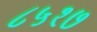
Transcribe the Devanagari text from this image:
८५१७